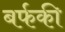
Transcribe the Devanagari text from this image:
बर्फकी